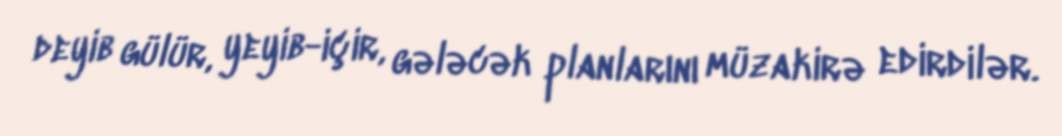
deyib gülür, yeyib-içir, gələcək planlarını müzakirə edirdilər.